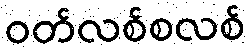
ဝတ်လစ်စလစ်